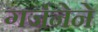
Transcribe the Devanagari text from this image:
गर्जनेने